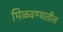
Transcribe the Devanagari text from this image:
मिळवण्यातील